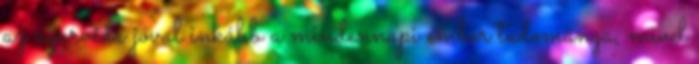
az ayurvéda jóval inkább a mindennapi ember tudománya, mivel